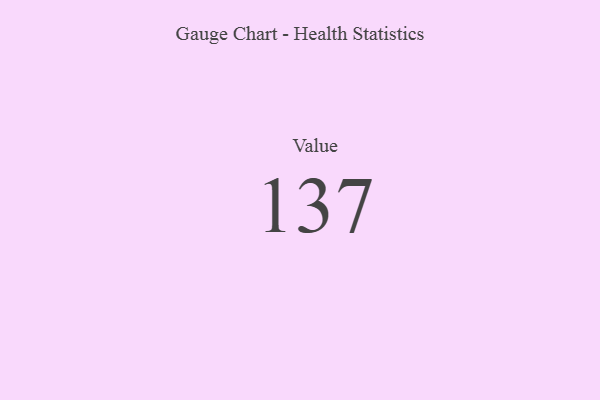
{"axis": {"x": "Metric", "y": "Value"}, "legend": [""], "data": [{"x": "Value", "y": 137, "type": ""}]}